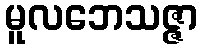
မူလဘေသဇ္ဇာ